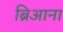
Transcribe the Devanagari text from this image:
ब्रिआना